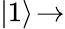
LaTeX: |1\rangle\! \rightarrow